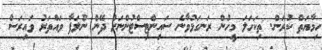
ހިމާޔަތް ކުރަން. ތިކަހަލަ މީހުން ރަނގަޅުވާނެ ސައިންޓިސްޓުންނަށް ދޭން ނުލަފާ ވައްތަރު ވައިރަސް